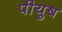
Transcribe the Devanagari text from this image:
पीयुष